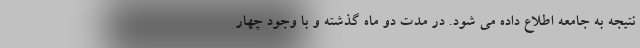
نتیجه به جامعه اطلاع داده می شود. در مدت دو ماه گذشته و با وجود چهار